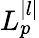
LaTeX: L_{p}^{|l|}